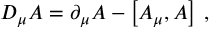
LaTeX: D _ { \mu } A = \partial _ { \mu } A - \left[ A _ { \mu } , A \right] \, ,